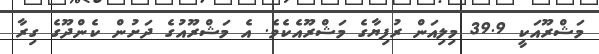
މަޝްރޫއަކީ 39.9 މިލިއަން ރުފިޔާގެ މަޝްރޫއެކެވެ. އެ މަޝްރޫއުގެ ދަށުން ކެންދޫގެ ގިރާ